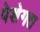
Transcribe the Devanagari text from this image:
पेशेगत